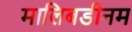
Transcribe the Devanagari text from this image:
मालिबडीनम